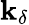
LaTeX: \mathbf{k}_{\delta}